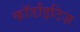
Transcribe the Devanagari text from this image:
कॉर्डांइटिज़